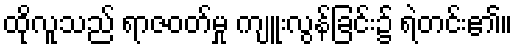
ထိုလူသည် ရာဇဝတ်မှု ကျူးလွန်ခြင်း၌ ရဲတင်း၏။